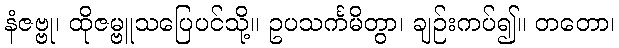
နံဇဗ္ဗု၊ ထိုဇမ္ဗူသပြေပင်သို့။ ဥပသင်္ကမိတွာ၊ ချဉ်းကပ်၍။ တတော၊